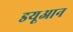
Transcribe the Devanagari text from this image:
डयूआन